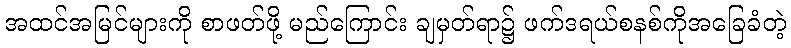
အထင်အမြင်များကို စာဖတ်ဖို့ မည်ကြောင်း ချမှတ်ရာ၌ ဖက်ဒရယ်စနစ်ကိုအခြေခံတဲ့